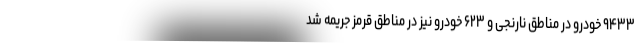
۹۴۳۳ خودرو در مناطق نارنجی و ۶۲۳ خودرو نیز در مناطق قرمز جریمه شد